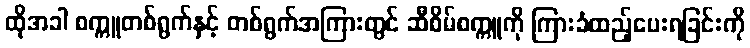
ထိုအခါ စက္ကူတစ်ရွက်နှင့် တစ်ရွက်အကြားတွင် ဆီစိမ်စက္ကူကို ကြားခံထည့်ပေးရခြင်းကို